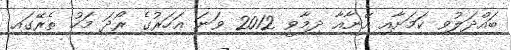
ބައްދަލުވި ކަމަށާއި އޭނާއާ ދިމާވީ 2012 ވަނަ އަހަރުގެ ރޯދަ މަހު ތެރޭގައި